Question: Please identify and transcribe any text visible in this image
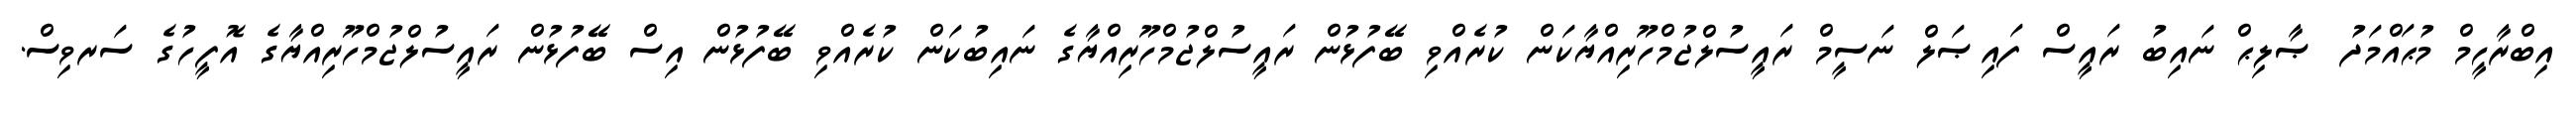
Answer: އިބްރާހީމް މުޙައްމަދު ޞާލިޙް ނައިބު ރައީސް ފައިޞަލް ނަސީމް ރައީސުލްޖުމްހޫރިއްޔާކަން ކުރެއްވި ބޭފުޅުން ރައީސުލްޖުމްހޫރިއްޔާގެ ނައިބުކަން ކުރެއްވި ބޭފުޅުން އިސް ބޭފުޅުން ރައީސުލްޖުމްހޫރިއްޔާގެ އޮފީހުގެ ސަރވިސް.